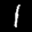
Label: 1